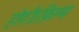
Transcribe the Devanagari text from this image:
होगी।फ़िल्म